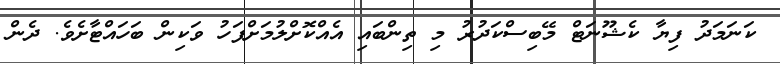
ކަނަމަދު ފިޔާ ކެޝޫނަޓް މޭބިސްކަދުރު މި ތިންބައި އެއްކޮށްލުމަށްފަހު ވަކިން ބަހައްޓާށެވެ. ދެން